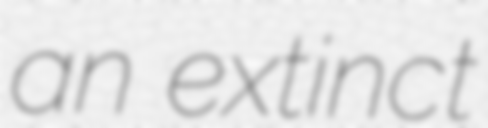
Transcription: an extinct